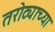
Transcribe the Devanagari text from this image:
तरोट्याच्या